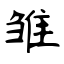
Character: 雏